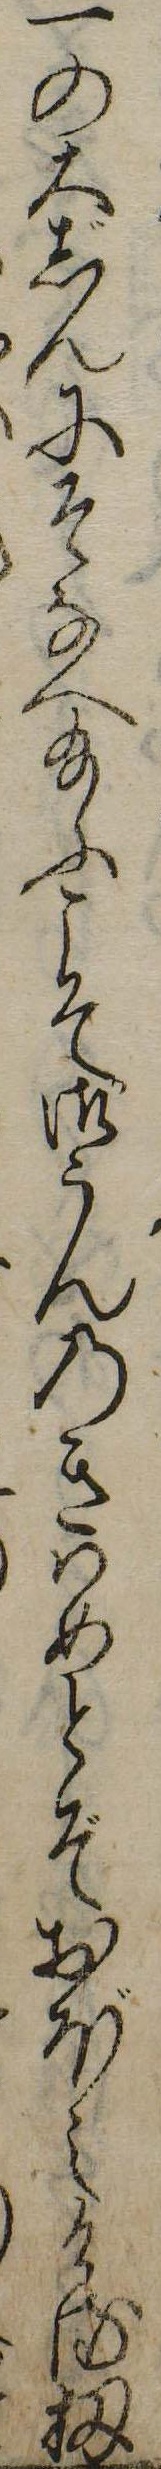
一の大じんにそなへ給ふこそ御うんのきはめとぞおぼえける扨